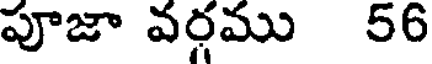
పూజా వర్గము 56